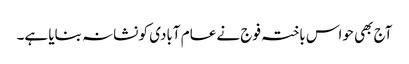
آج بھی حواس باختہ فوج نے عام آبادی کو نشانہ بنایا ہے۔